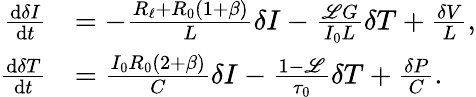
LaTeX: \begin{array}{rl}{\frac{\mathrm{d}\delta I}{\mathrm{d}t}}&{=-\frac{R_{\ell}+R_{0}(1+\beta)}{L}\delta I-\frac{\mathscr{L}G}{I_{0}L}\delta T+\frac{\delta V}{L},}\\ {\frac{\mathrm{d}\delta T}{\mathrm{d}t}}&{=\frac{I_{0}R_{0}(2+\beta)}{C}\delta I-\frac{1-\mathscr{L}}{\tau_{0}}\delta T+\frac{\delta P}{C}.}\end{array}